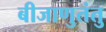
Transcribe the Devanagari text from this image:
बीजाणुतंतु